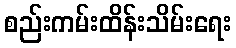
စည်းကမ်းထိန်းသိမ်းရေး